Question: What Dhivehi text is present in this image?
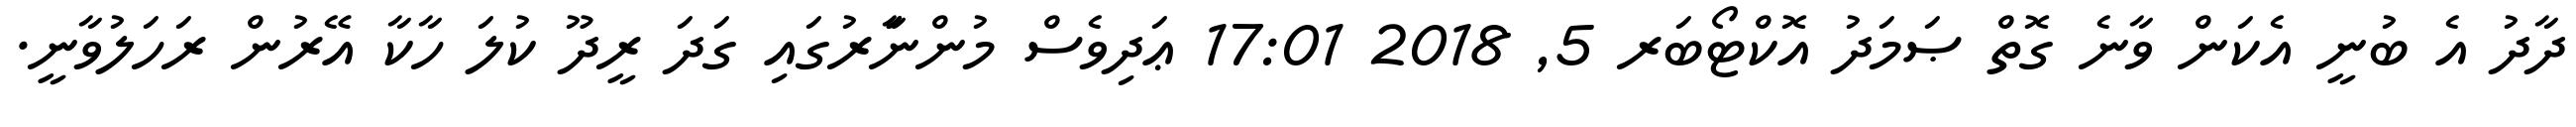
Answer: ދާދު އެ ބުނީ އެކަން ވާނެ ގޮތް ޞަމަދު އޮކްޓޯބަރ 5, 2018 17:01 ޢަދިވެސް މުންނަަާރުގައި ގަދަ ރީދޫ ކުލަ ހާކާ އޭރުން ރަހަލުވާނީ.